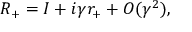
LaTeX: R _ { + } = I + i \gamma r _ { + } + { \cal O } ( \gamma ^ { 2 } ) ,